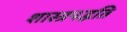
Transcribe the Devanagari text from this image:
शास्त्रपद्धति